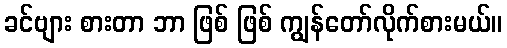
ခင်ဗျား စားတာ ဘာ ဖြစ် ဖြစ် ကျွန်တော်လိုက်စားမယ်။